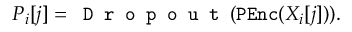
\begin{array} { r } { P _ { i } [ j ] = \texttt { D r o p o u t } ( \mathtt { P E n c } ( X _ { i } [ j ] ) ) . } \end{array}